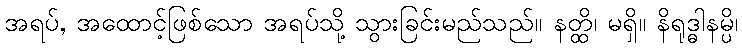
အရပ်, အထောင့်ဖြစ်သော အရပ်သို့ သွားခြင်းမည်သည်။ နတ္ထိ၊ မရှိ။ နိရုဒ္ဓါနမ္ပိ၊